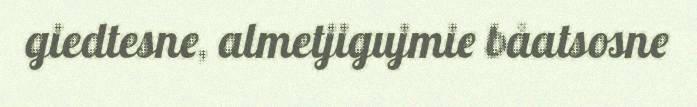
giedtesne, almetjigujmie båatsosne